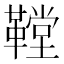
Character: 鞺